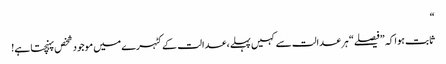
“
ثابت ہوا کہ ”فیصلے“ ہر عدالت سے کہیں پہلے، عدالت کے کٹہرے میں موجود شخص پہنچتا ہے!